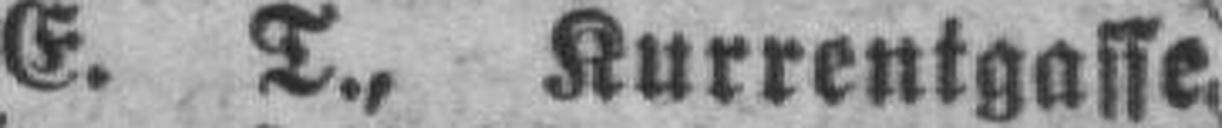
E. T., Kurrentgasse.